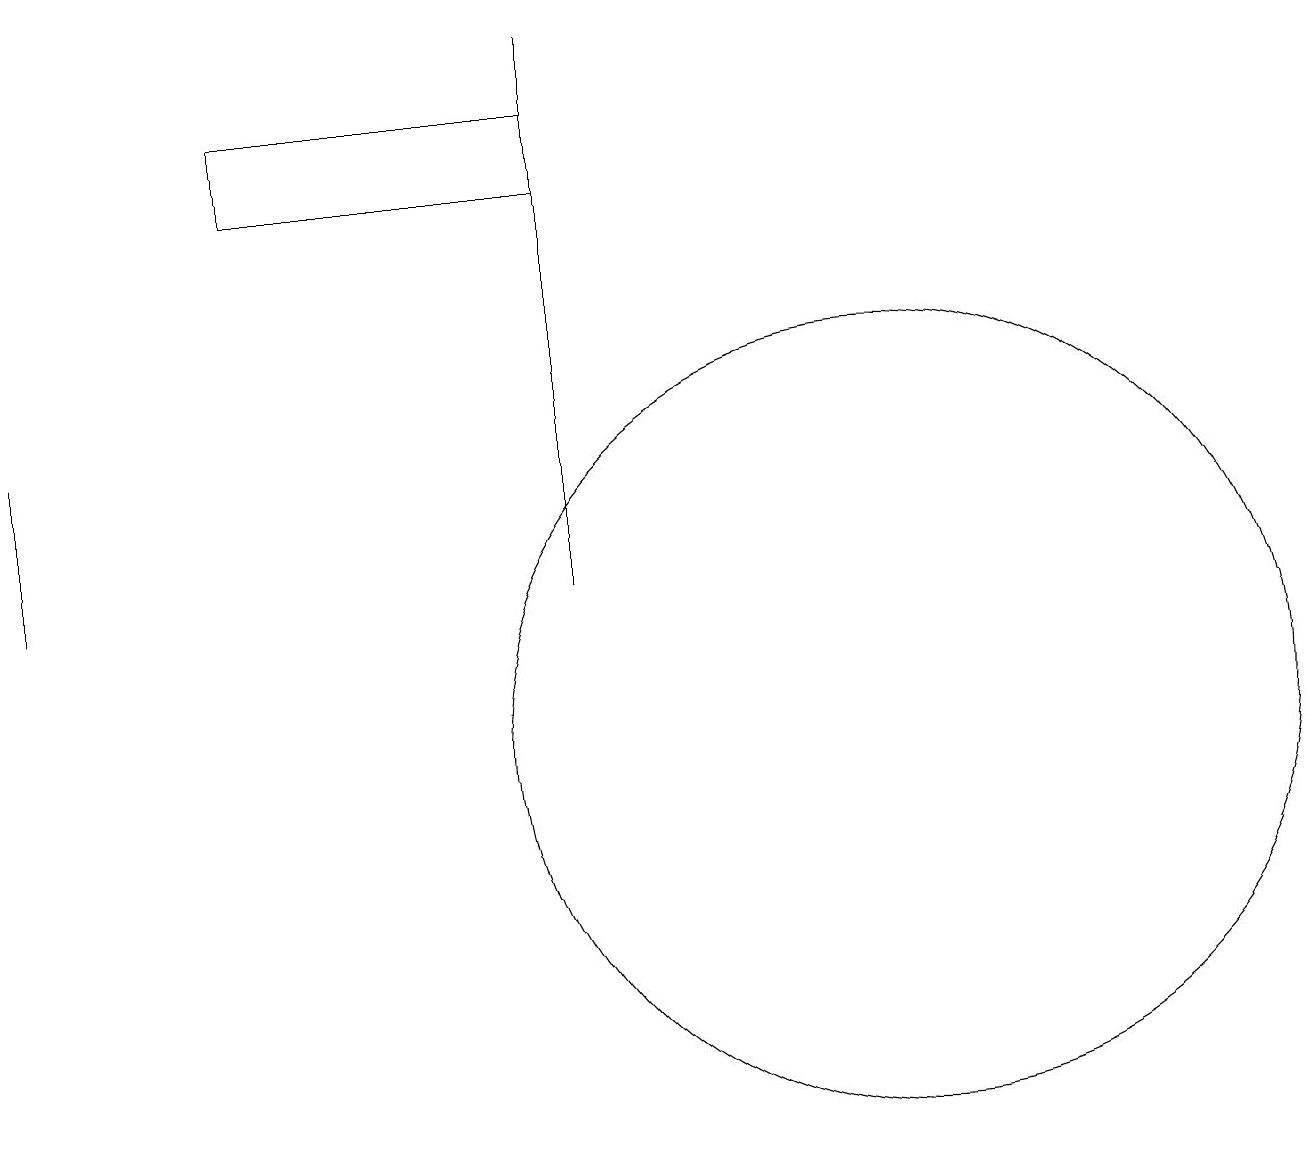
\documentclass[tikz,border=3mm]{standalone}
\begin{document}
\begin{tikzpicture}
\draw (0,14) rectangle (0,12);
\draw (11,10) circle (5);
\draw (7,17) rectangle (3,18);
\draw (7,19) rectangle (7,12);
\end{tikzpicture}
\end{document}